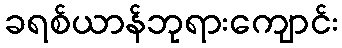
ခရစ်ယာန်ဘုရားကျောင်း